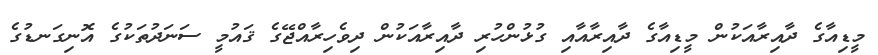
މީޑިއާގެ ދާއިރާއަކުން މީޑިއާގެ ދާއިރާއާއި ގުޅުންހުރި ދާއިރާއަކުން ދިވެހިރާއްޖޭގެ ޤައުމީ ސަނަދުތަކުގެ އޮނިގަނޑުގެ